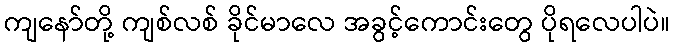
ကျနော်တို့ ကျစ်လစ် ခိုင်မာလေ အခွင့်ကောင်းတွေ ပိုရလေပါပဲ။